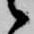
候